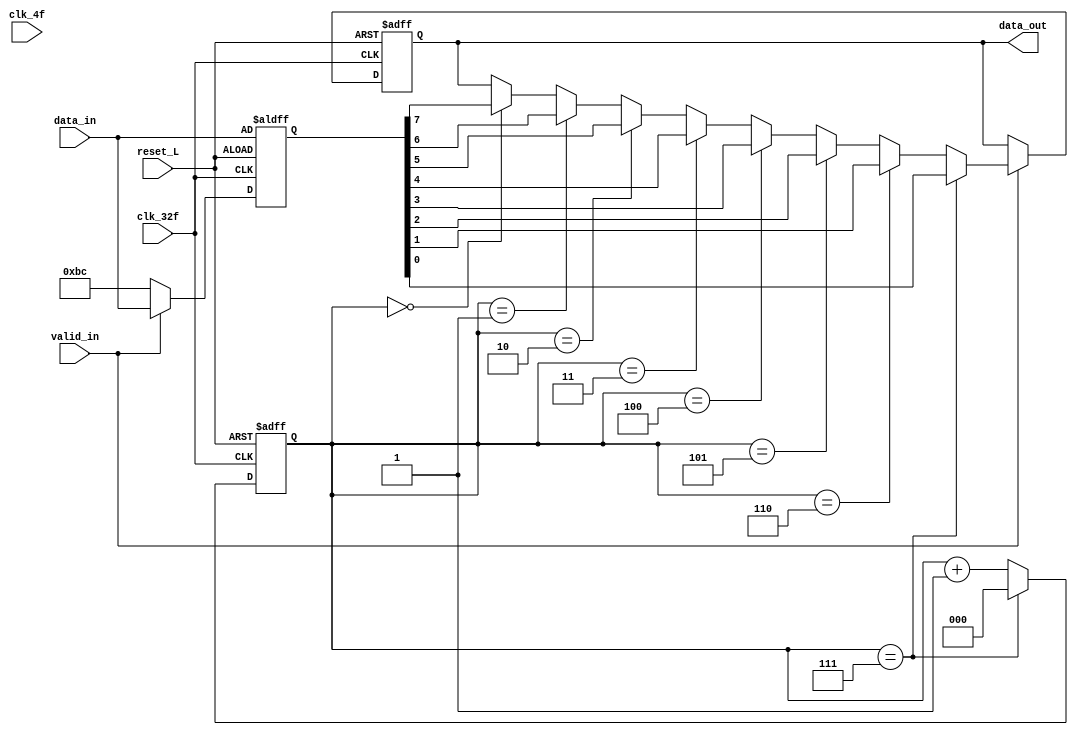
module paralelo_serial(
	input		clk_4f,
	input		clk_32f,
	input 	reset_L,
	input		[7:0] data_in,
	input		valid_in,
	output reg	data_out
	);
	reg [2:0] selector = 'b000;
	reg [7:0] tmp_out;

always @ (posedge clk_32f or negedge reset_L) begin
		tmp_out <= data_in;
		if (reset_L == 0) begin
			data_out <= 0;
			selector <= 'b000;
		end
		else	begin
			if (valid_in == 0) begin
				tmp_out <= 'hBC;
			end
			else begin
					if (selector == 'b000) begin
						data_out <= tmp_out[7];
					end
					if (selector == 'b001) begin
						data_out <= tmp_out[6];
					end
					if (selector == 'b010) begin
						data_out <= tmp_out[5];
					end
					if (selector == 'b011) begin
						data_out <= tmp_out[4];
					end
					if (selector == 'b100) begin
						data_out <= tmp_out[3];
					end
					if (selector == 'b101) begin
						data_out <= tmp_out[2];
					end
					if (selector == 'b110) begin
						data_out <= tmp_out[1];
					end
					if (selector == 'b111) begin
						data_out <= tmp_out[0];
					end
			end
			if (selector == 7 ) begin
				selector <= 'b000;
			end
			else begin
				selector <= selector + 'b001;
			end
		end
end

endmodule